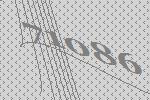
71086